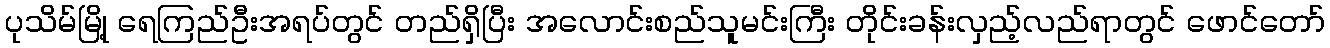
ပုသိမ်မြို့ ရေကြည်ဦးအရပ်တွင် တည်ရှိပြီး အလောင်းစည်သူမင်းကြီး တိုင်းခန်းလှည့်လည်ရာတွင် ဖောင်တော်